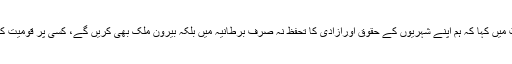
برطانوی وزیرخارجہ بورس جانسن نے اپنی ٹوئٹ میں کہا کہ ہم اپنے شہریوں کے حقوق اورآزادی کا تحفظ نہ صرف برطانیہ میں بلکہ بیرون ملک بھی کریں گے، کسی پر قومیت کی بنیاد پر پابندی لگانے کو رسوائی سمجھتے ہیں۔